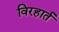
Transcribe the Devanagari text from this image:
विरहार्त